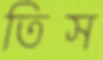
তিস